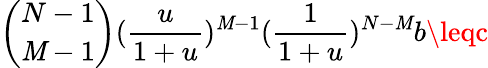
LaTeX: \binom{N-1}{\mathit{M}-1}(\frac{{u}}{{1+u}})^{\mathit{M}-1}(\frac{{1}}{{1+u}})^{N-\mathit{M}}b\leqc